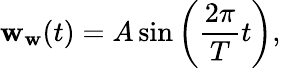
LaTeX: \mathbf{w}_{\mathbf{w}}(t)=A\sin\left(\frac{{2\pi}}{{T}}t\right),